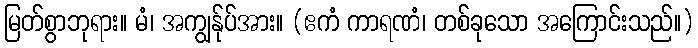
မြတ်စွာဘုရား။ မံ၊ အကျွန်ုပ်အား။ (ဧကံ ကာရဏံ၊ တစ်ခုသော အကြောင်းသည်။)